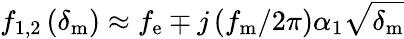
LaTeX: f_{\mathrm{1,2}}\left(\delta_{\mathrm{m}}\right)\approx f_{\mathrm{e}}\mp j\left(f_{\mathrm{m}}/2\pi\right)\alpha_{1}\sqrt{\delta_{\mathrm{m}}}